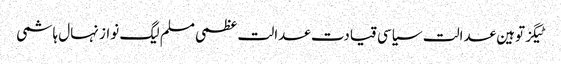
ٹیگزتوہین عدالت سیاسی قیادت عدالت عظمی مسلم لیگ نواز نہال ہاشمی